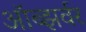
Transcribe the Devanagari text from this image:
ऑब्झर्वर